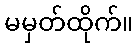
မမှတ်ထိုက်။